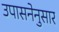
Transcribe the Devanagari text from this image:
उपासनेनुसार